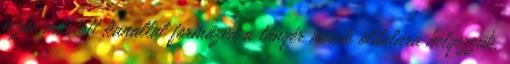
vízbe mártott kanállal formázva a tányér másik oldalára helyezzük.